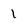
Character: 1